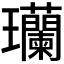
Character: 𬎟